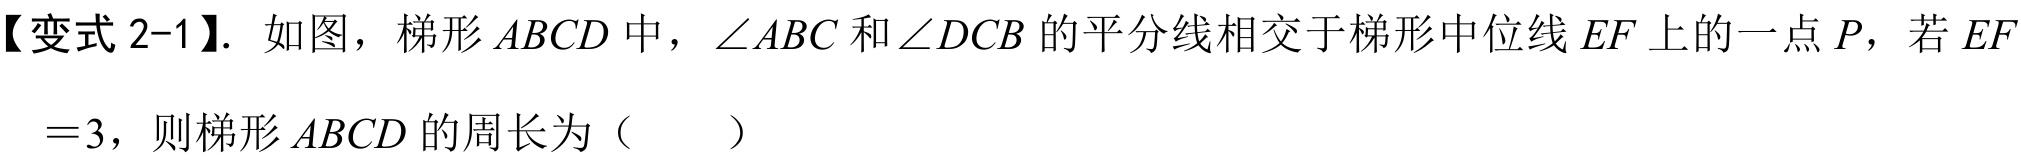
【变式2-1】. 如图，梯形\(ABCD\)中，\(\angle ABC\)和\(\angle DCB\)的平分线相交于梯形中位线\(EF\)上的一点\(P\)，若\(EF\)
\( = 3\)，则梯形\(ABCD\)的周长为（  ）